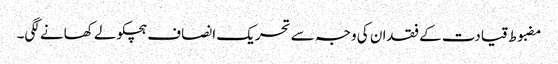
مضبوط قیادت کے فقدان کی وجہ سے تحریک انصاف ہچکولے کھانے لگی۔